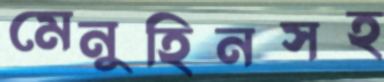
মেনুহিনসহ